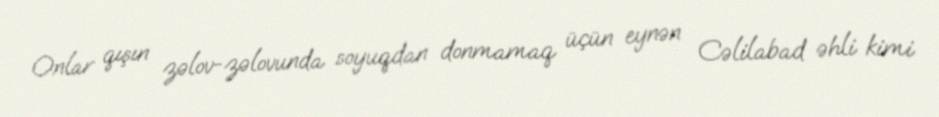
Onlar qışın zəlov-zəlovunda soyuqdan donmamaq üçün eynən Cəlilabad əhli kimi